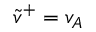
\tilde { v } ^ { + } = v _ { A }